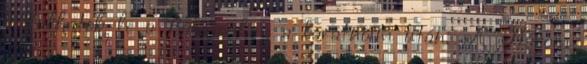
indulhatok le a Balatonhoz a barátnőim után. A Három